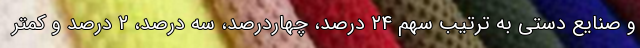
و صنایع دستی به ترتیب سهم ۲۴ درصد، چهاردرصد، سه درصد، ۲ درصد و کمتر